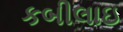
કબીલાઇ